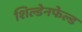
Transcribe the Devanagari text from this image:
शिल्डेनफेल्ड